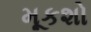
મૂકશો